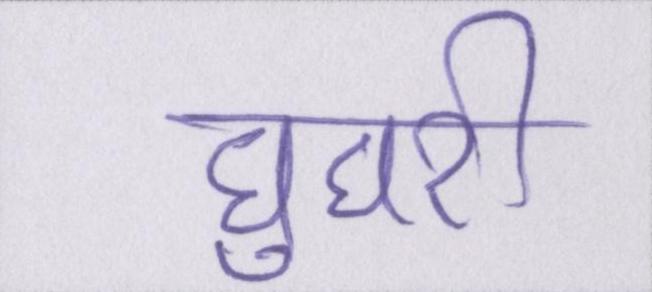
घुघरी